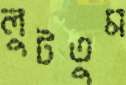
লুটতুম